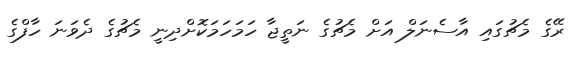
ރޭގެ މެޗުގައި އާސެނަލް އަށް މެޗުގެ ނަތީޖާ ހަމަހަމަކޮށްދިނީ މެޗުގެ ދެވަނަ ހާފްގެ